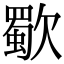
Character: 歜